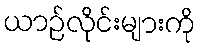
ယာဉ်လိုင်းများကို